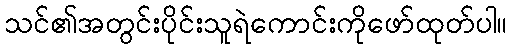
သင်၏အတွင်းပိုင်းသူရဲကောင်းကိုဖော်ထုတ်ပါ။